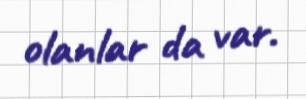
olanlar da var.